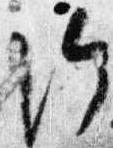
給